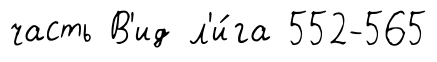
часть В'ид л'и́га 552-565